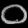
Digit: ၀